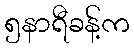
၅နာရီခန့်က